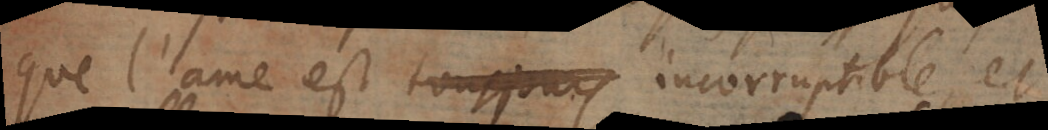
que l’ame est incorruptible, et